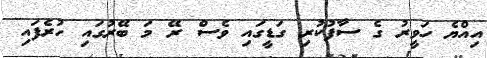
އިއްޔެ ހަވީރު ގެ ސާފުކުރި ގަޑީގައި ވެސް ރޭ މަ ބޭރުގައި ހުރެފައި